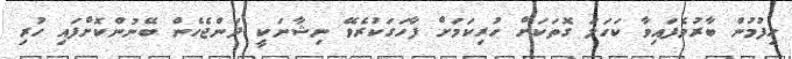
ހިފުމުން ބާރުވެފައިވާ ކަހަލަ ގޮތަކަށް ހުރިކަމަށް ފާހަގަކުރެވޭ ނިޝާނަކީ ދަންޖެހެން ބޭނުންކޮށްފައި ހުރި